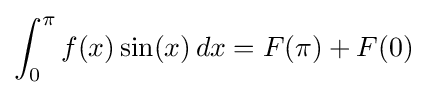
\int _{0}^{\pi }f(x)\sin(x)\,dx=F(\pi )+F(0)